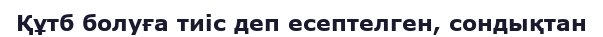
Құтб болуға тиіс деп есептелген, сондықтан